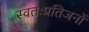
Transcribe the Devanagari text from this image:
स्वतःप्रतिजनों